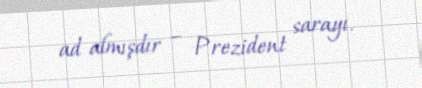
ad almışdır – Prezident sarayı.